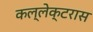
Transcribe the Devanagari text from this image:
कल्लेक्टरास